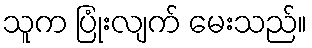
သူက ပြုံးလျက် မေးသည်။